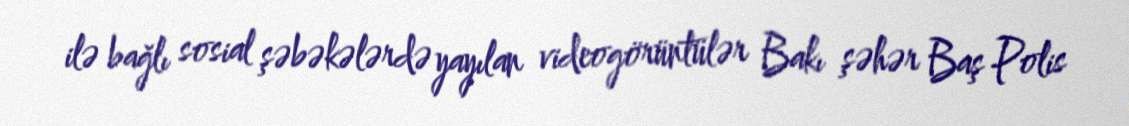
ilə bağlı sosial şəbəkələrdə yayılan videogörüntülər Bakı şəhər Baş Polis